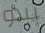
يبدو